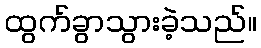
ထွက်ခွာသွားခဲ့သည်။